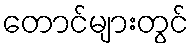
တောင်များတွင်